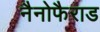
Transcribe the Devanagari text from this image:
नैनोफैराड